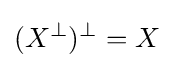
(X^{\bot })^{\bot }=X